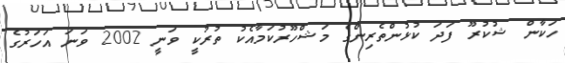
ހަކާން ޝުކުރޫ ފަދަ ކުޅުންތެރިންގެ މަޝްހޫރުކަމާއެކު ތުރުކީ ވަނީ 2002 ވަނަ އަހަރުގެ